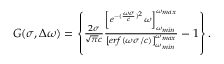
\begin{array} { r } { G ( \sigma , \Delta \omega ) = \left\{ \frac { 2 \sigma } { \sqrt { \pi } c } \frac { \left[ e ^ { - ( \frac { \omega \sigma } { c } ) ^ { 2 } } \omega \right] _ { \omega _ { m i n } } ^ { \omega _ { m a x } } } { \left[ e r f ( \omega \sigma / c ) \right] _ { \omega _ { m i n } } ^ { \omega _ { m a x } } } - 1 \right\} . } \end{array}